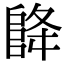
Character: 𮥃